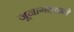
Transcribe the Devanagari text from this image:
जूनागढ़वाले